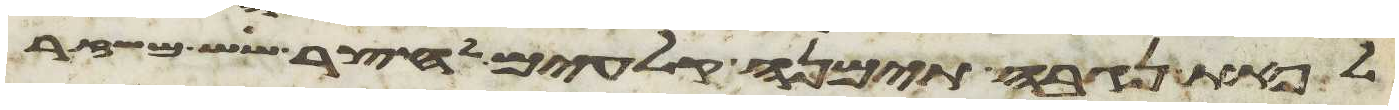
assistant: לפאת נגבה תימנה קלעים לחצר שש משזר